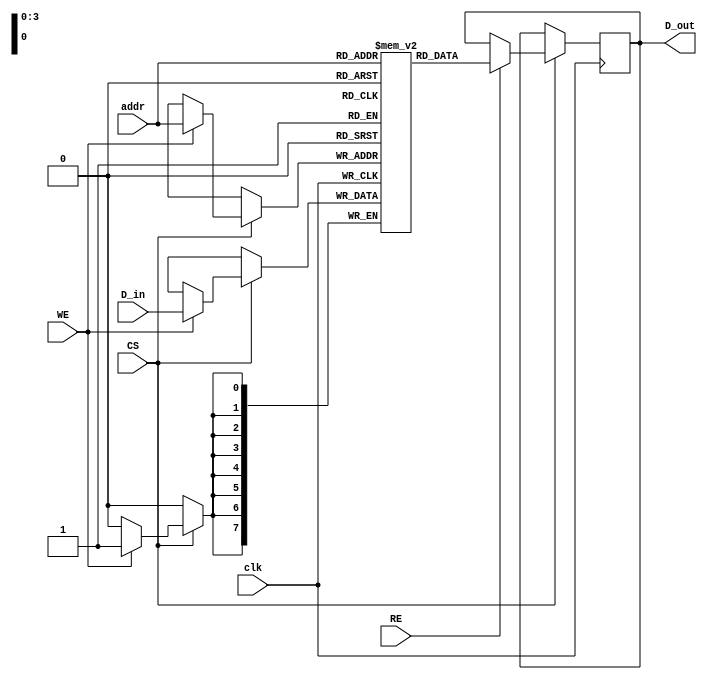
module embedded_sram #(
    parameter N = 16, // Number of memory words
    parameter M = 8    // Number of bits per word
)(
    input wire clk,                // Clock signal
    input wire WE,                 // Write Enable
    input wire RE,                 // Read Enable
    input wire CS,                 // Chip Select
    input wire [log2(N)-1:0] addr, // Address lines
    input wire [M-1:0] D_in,       // Data Input
    output reg [M-1:0] D_out       // Data Output
);

    // Memory array declaration
    reg [M-1:0] memory [0:N-1];

    // Address decoding and read/write operations
    always @(posedge clk) begin
        if (CS) begin
            if (WE) begin
                // Write operation
                memory[addr] <= D_in;
            end
            if (RE) begin
                // Read operation
                D_out <= memory[addr];
            end
        end
    end

    // Function to calculate log2
    function integer log2;
        input integer value;
        begin
            log2 = 0;
            while (2**log2 < value) begin
                log2 = log2 + 1;
            end
        end
    endfunction

endmodule